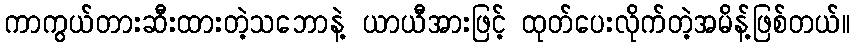
ကာကွယ်တားဆီးထားတဲ့သဘောနဲ့ ယာယီအားဖြင့် ထုတ်ပေးလိုက်တဲ့အမိန့်ဖြစ်တယ်။